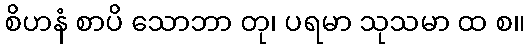
စိဟနံ စာပိ သောဘာ တု၊ ပရမာ သုသမာ ထ စ။